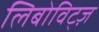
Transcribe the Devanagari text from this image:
लिबोविट्ज़